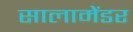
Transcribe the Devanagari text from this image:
सालामेंडर